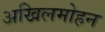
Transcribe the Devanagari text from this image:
अखिलमोहन